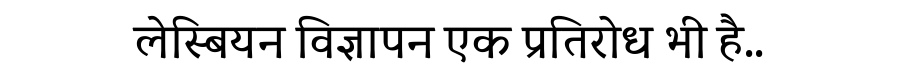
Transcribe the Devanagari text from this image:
लेस्बियन विज्ञापन एक प्रतिरोध भी है..